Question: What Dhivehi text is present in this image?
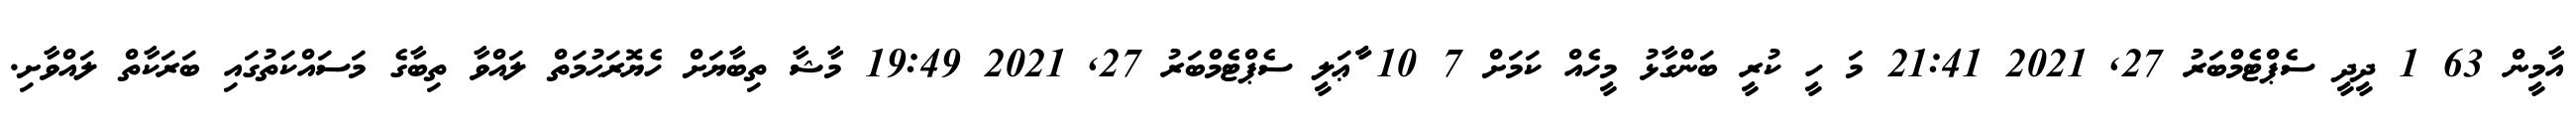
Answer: އާމީން 63 1 ދީދީ ސެޕްޓެމްބަރު 27, 2021 21:41 މަ ހީ ކުރީ ބަންގާޅު މީހެއް ކަމަށް 7 10 ާާާޢަލީ ސެޕްޓެމްބަރު 27, 2021 19:49 މާޝާ ތިބާޔަށް ހެޔޮރަޙުމަތް ލައްވާ ތިބާގެ މަސައްކަތުގައި ބަރަކާތް ލައްވާށި.